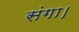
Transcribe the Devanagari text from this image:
संगा।